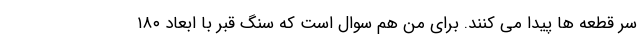
سر قطعه ها پیدا می کنند. برای من هم سوال است که سنگ قبر با ابعاد ۱۸۰